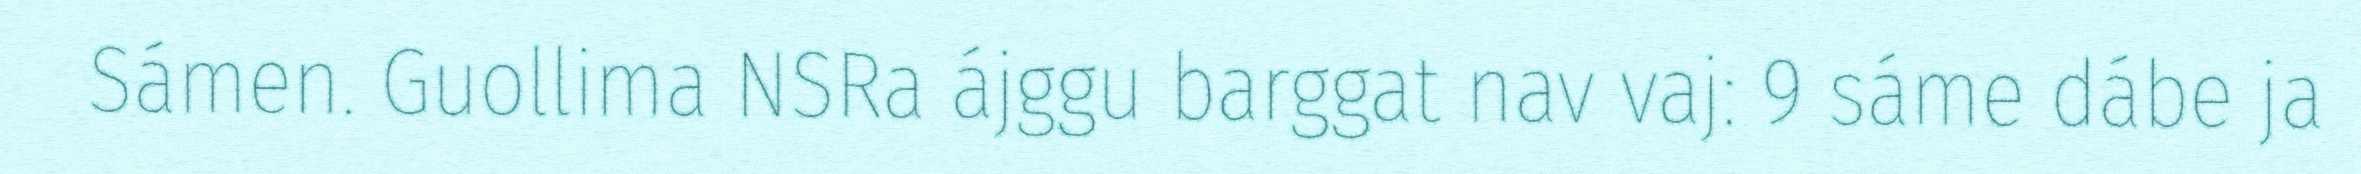
Sámen. Guollima NSRa ájggu barggat nav vaj: 9 sáme dábe ja